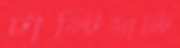
টাল্টিমাল্টি